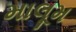
માલૂમ